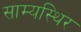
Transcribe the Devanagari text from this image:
साम्यस्थिर